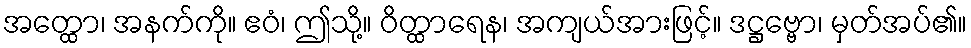
အတ္ထော၊ အနက်ကို။ ဧဝံ၊ ဤသို့။ ဝိတ္ထာရေန၊ အကျယ်အားဖြင့်။ ဒဋ္ဌဗ္ဗော၊ မှတ်အပ်၏။